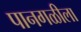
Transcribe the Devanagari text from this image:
पानगळीला